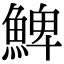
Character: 䱝